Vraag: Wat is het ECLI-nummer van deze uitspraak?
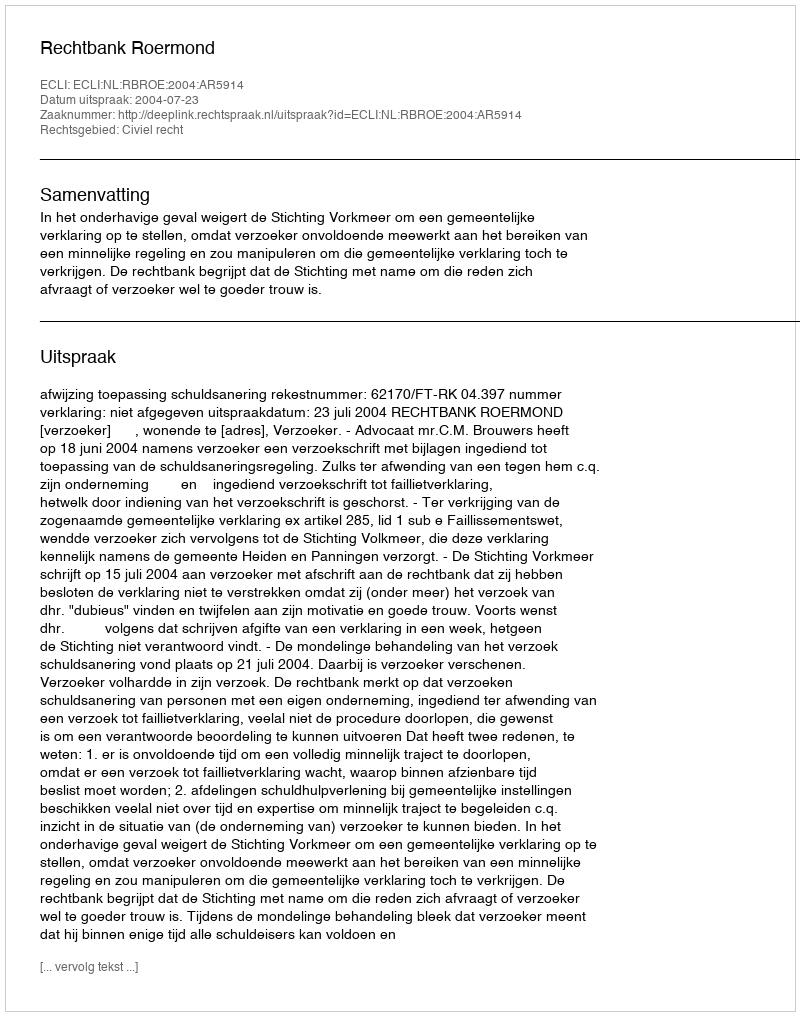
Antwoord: ECLI:NL:RBROE:2004:AR5914